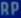
RP